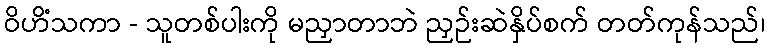
ဝိဟိံသကာ - သူတစ်ပါးကို မညှာတာဘဲ ညှဉ်းဆဲနှိပ်စက် တတ်ကုန်သည်၊